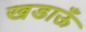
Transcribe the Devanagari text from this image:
खडाऊँ